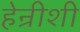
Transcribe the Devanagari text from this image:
हेन्रीशी